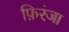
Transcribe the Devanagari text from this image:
फ़िरंजा